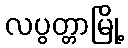
လပွတ္တာမြို့